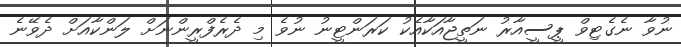
ނުވާ ނެގެޓިވް ޕީސީއާރު ނަތީޖާއަކާއެކު ކަރަންޓީނު ނުވެ މި ދެރެފްރީންނަށް ލަންކާއަށް ދެވޭނެ